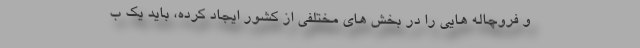
و فروچاله هایی را در بخش های مختلفی از کشور ایجاد کرده، باید یک ب